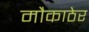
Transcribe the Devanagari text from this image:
मौकाठेर